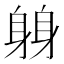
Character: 𫏬